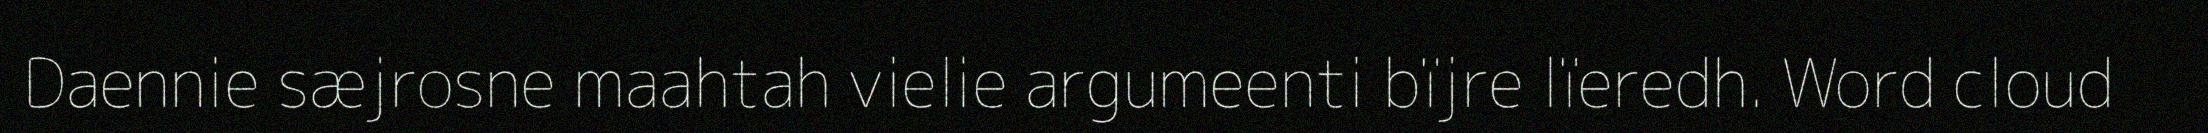
Daennie sæjrosne maahtah vielie argumeenti bïjre lïeredh. Word cloud